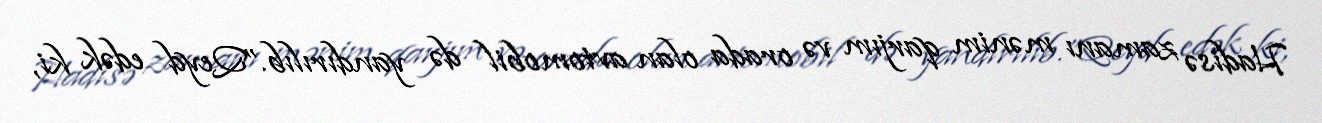
Hadisə zamanı mənim qarjım və orada olan avtomobil də yandırılıb.”Qeyd edək ki,